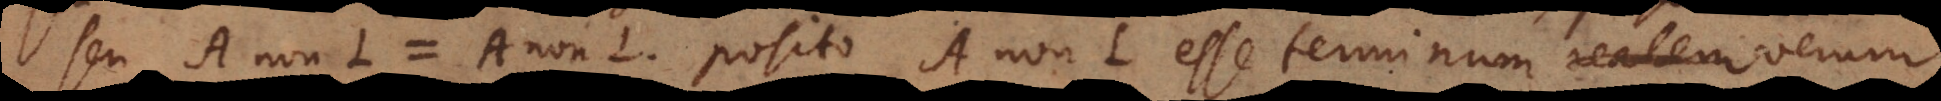
seu A non‐L = A non‐L, posito A non‐L esse terminum realem verum